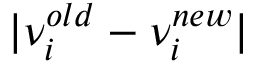
| \nu _ { i } ^ { o l d } - \nu _ { i } ^ { n e w } |